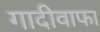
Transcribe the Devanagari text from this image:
गादीवाफा